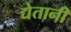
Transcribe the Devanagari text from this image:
द्येतानी